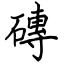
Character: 磚